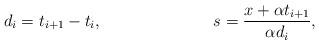
LaTeX: \begin{align*}d_i &= t_{i+1} - t_i, &s &= \frac{x+\alpha t_{i+1}}{\alpha d_i},\end{align*}